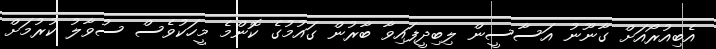
އެބިއުރޯއަށް ގާނޫނު އަސާސީން ލިބިދީފައިވާ ބާރުން ގައުމުގެ ކޮންމެ މީހަކުވެސް ސުވާލު ކުރުމަށް